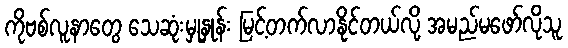
ကိုဗစ်လူနာတွေ သေဆုံးမှုနှုန်း မြင့်တက်လာနိုင်တယ်လို့ အမည်မဖော်လိုသူ